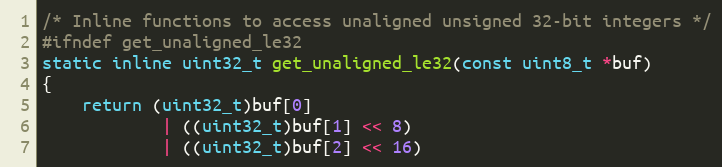
Language: C
/* Inline functions to access unaligned unsigned 32-bit integers */
#ifndef get_unaligned_le32
static inline uint32_t get_unaligned_le32(const uint8_t *buf)
{
    return (uint32_t)buf[0]
            | ((uint32_t)buf[1] << 8)
            | ((uint32_t)buf[2] << 16)